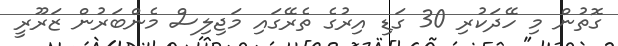
ގޮތުން މި ހޭދަކުރި 30 ގަޑި އިރުގެ ތެރޭގައި މަޖިލިސް މެންބަރުން ޒަރޫރީ